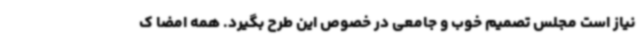
نیاز است مجلس تصمیم خوب و جامعی در خصوص این طرح بگیرد. همه امضا ک